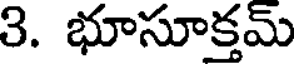
3. భూసూక్తమ్